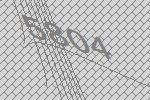
5804